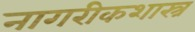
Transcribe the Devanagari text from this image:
नागरीकशास्त्र